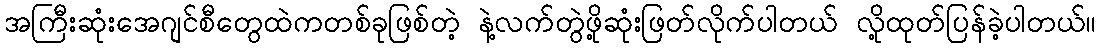
အကြီးဆုံးအေဂျင်စီတွေထဲကတစ်ခုဖြစ်တဲ့ နဲ့လက်တွဲဖို့ဆုံးဖြတ်လိုက်ပါတယ် လို့ထုတ်ပြန်ခဲ့ပါတယ်။